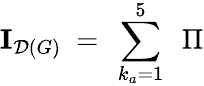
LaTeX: {\mathbf I}_{{\cal D}\left(G\right)}\ =\ \sum_{k_{a}=1}^{5}\ {\ \Pi}